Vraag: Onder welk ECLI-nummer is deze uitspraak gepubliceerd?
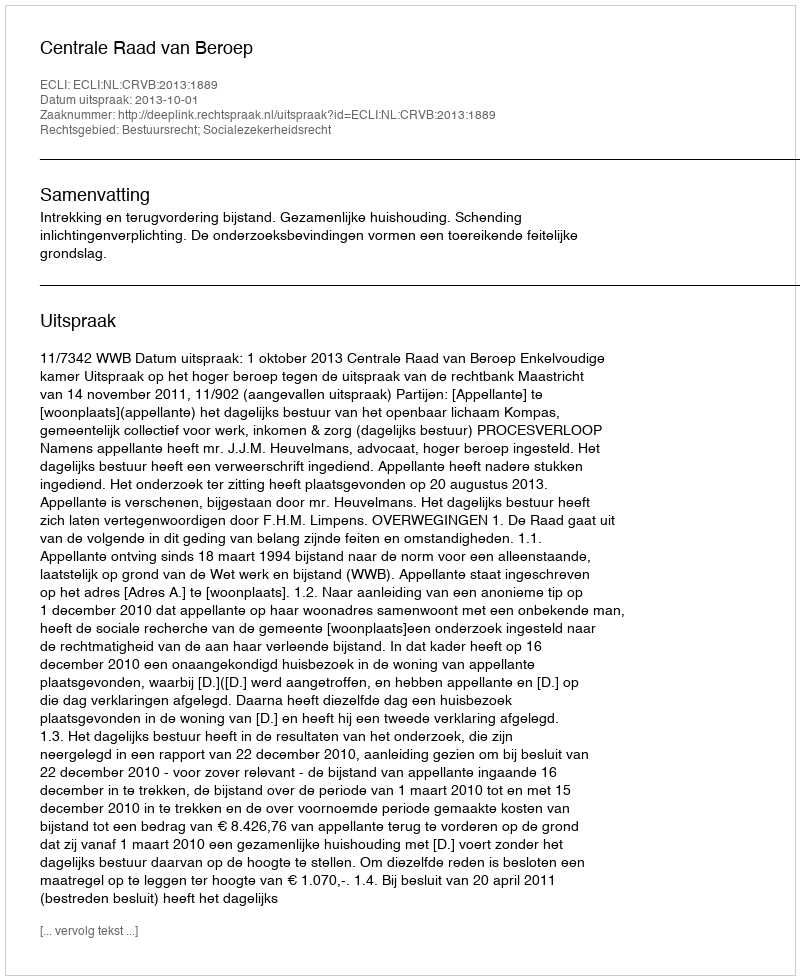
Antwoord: ECLI:NL:CRVB:2013:1889